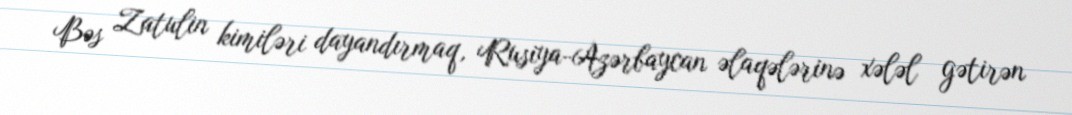
Bəs Zatulin kimiləri dayandırmaq, Rusiya-Azərbaycan əlaqələrinə xələl gətirən